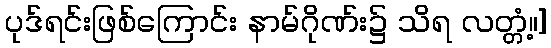
ပုဒ်ရင်းဖြစ်ကြောင်း နာမ်ဂိုဏ်း၌ သိရ လတ္တံ့။]